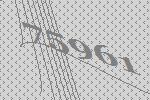
75961